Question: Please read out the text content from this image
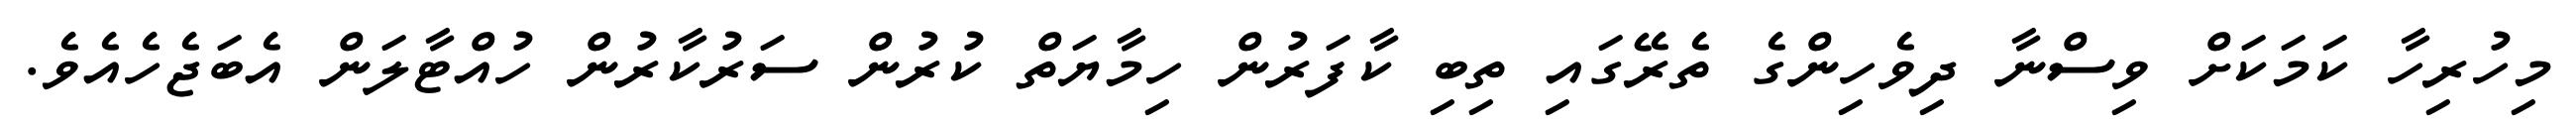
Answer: މިހުރިހާ ކަމަކަށް ވިސްނާ ދިވެހިންގެ ތެރޭގައި ތިބި ކާފަރުން ހިމާޔަތް ކުރުން ސަރުކާރުން ހުއްޓާލަން އެބަޖެހެއެވެ.